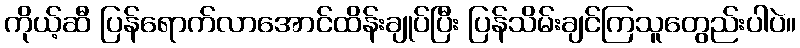
ကိုယ့်ဆီ ပြန်ရောက်လာအောင်ထိန်းချုပ်ပြီး ပြန်သိမ်းချင်ကြသူတွေည်းပါပဲ။